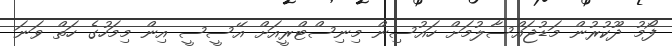
ފޯމު ދޫކުރުން މަޑުޖައްސާލުމަށް ހައުސިން މިނިސްޓްރީއަށް އޭސީސީ އިން މިމަހުގެ ހަތް ވަނަ